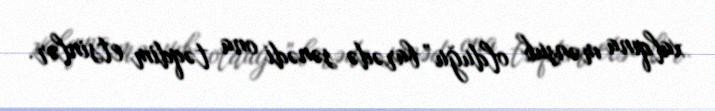
xalqına mənsub olduğu” barədə sənədi ona təqdim etsinlər.